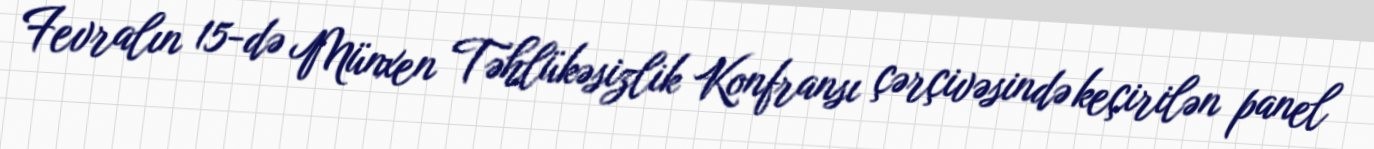
Fevralın 15-də Münxen Təhlükəsizlik Konfransı çərçivəsində keçirilən panel